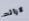
لازالت